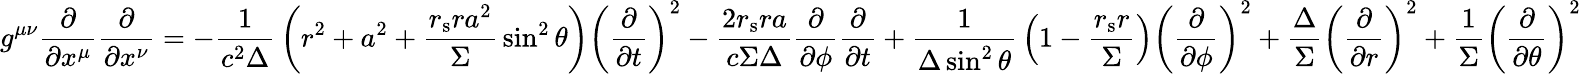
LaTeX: g^{\mu\nu}{\frac{\partial}{\partial x^{\mu}}}{\frac{\partial}{\partial x^{\nu}}}=-{\frac{1}{c^{2}\Delta}}\left(r^{2}+a^{2}+{\frac{r_{\mathrm{s}}ra^{2}}{\Sigma}}\sin^{2}\theta\right)\left({\frac{\partial}{\partial t}}\right)^{2}-{\frac{2r_{\mathrm{s}}ra}{c\Sigma\Delta}}{\frac{\partial}{\partial\phi}}{\frac{\partial}{\partial{t}}}+{\frac{1}{\Delta\sin^{2}\theta}}\left(1-{\frac{r_{\mathrm{s}}r}{\Sigma}}\right)\left({\frac{\partial}{\partial\phi}}\right)^{2}+{\frac{\Delta}{\Sigma}}\left({\frac{\partial}{\partial r}}\right)^{2}+{\frac{1}{\Sigma}}\left({\frac{\partial}{\partial\theta}}\right)^{2}